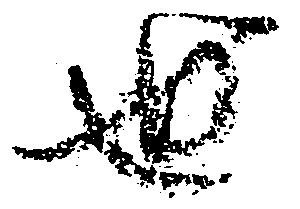
世